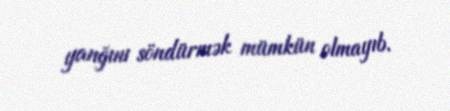
yanğını söndürmək mümkün olmayıb.